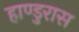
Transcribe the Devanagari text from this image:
हाण्डुरास